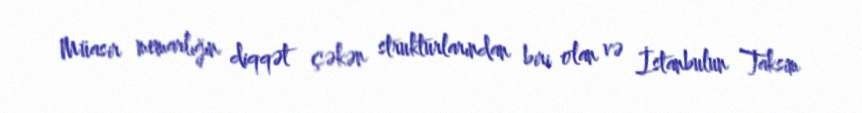
Müasir memarlığın diqqət çəkən strukturlarından biri olan və İstanbulun Taksim